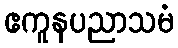
ဧကူနပညာသမံ